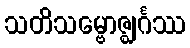
သတိသမ္ဗောဇ္ဈင်္ဂဿ